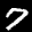
Label: 7